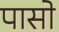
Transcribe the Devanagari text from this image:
पासो